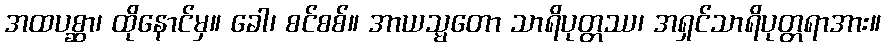
အထပစ္ဆာ၊ ထိုနောင်မှ။ ခေါ၊ စင်စစ်။ အာယသ္မတော သာရိပုတ္တဿ၊ အရှင်သာရိပုတ္တရာအား။